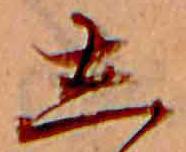
し